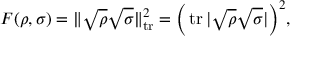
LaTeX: F ( \rho , \sigma ) = \lVert { \sqrt { \rho } } { \sqrt { \sigma } } \rVert _ { \operatorname { t r } } ^ { 2 } = { \Big ( } \operatorname { t r } | { \sqrt { \rho } } { \sqrt { \sigma } } | { \Big ) } ^ { 2 } ,